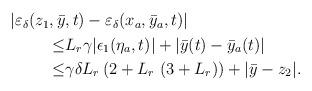
LaTeX: \begin{align*}\begin{aligned}|\varepsilon_\delta(z_1,\bar{y}&,t)-\varepsilon_\delta(x_a,\bar{y}_a,t)| \\\le&L_r \gamma |\epsilon_1(\eta_a,t)|+ |\bar{y}(t)-\bar{y}_a(t)| \\\le& \gamma \delta L_r \left(2 + L_r\ ( 3 + L_r)\right) + |\bar{y}-z_2|.\end{aligned}\end{align*}